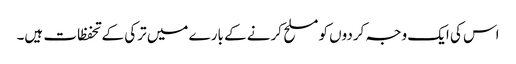
اس کی ایک وجہ کردوں کو مسلح کرنے کے بارے میں ترکی کے تحفظات ہیں۔